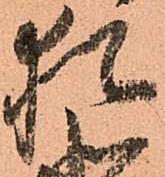
猶